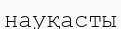
науқасты